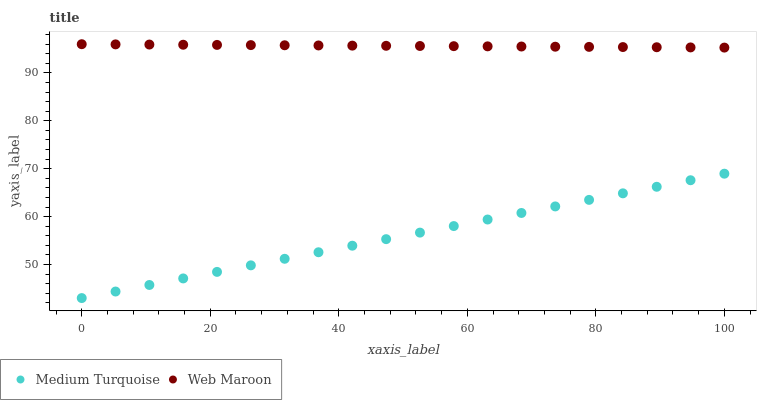
| xaxis_label | Medium Turquoise | Web Maroon |
 | --- | --- | --- |
 | 0 | 43 | 96 |
 | 5.26 | 44.4 | 96 |
 | 10.5 | 45.7 | 95.9 |
 | 15.8 | 47.1 | 95.9 |
 | 21.1 | 48.5 | 95.9 |
 | 26.3 | 49.8 | 95.8 |
 | 31.6 | 51.2 | 95.8 |
 | 36.8 | 52.6 | 95.7 |
 | 42.1 | 53.9 | 95.7 |
 | 47.4 | 55.3 | 95.7 |
 | 52.6 | 56.7 | 95.6 |
 | 57.9 | 58 | 95.6 |
 | 63.2 | 59.4 | 95.6 |
 | 68.4 | 60.8 | 95.5 |
 | 73.7 | 62.1 | 95.5 |
 | 78.9 | 63.5 | 95.4 |
 | 84.2 | 64.9 | 95.4 |
 | 89.5 | 66.2 | 95.4 |
 | 94.7 | 67.6 | 95.3 |
 | 100 | 69 | 95.3 |